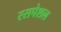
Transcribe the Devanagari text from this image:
रसपेशल